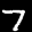
Label: 7